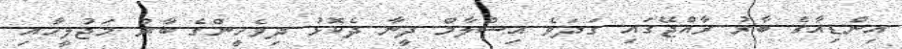
އިންޑިއާގެ ބާރު ރާއްޖޭގައި ގަދަވެ އިސްލާމް ދީނާ ދެކޮޅު ދިވެހީންގެ ބާރު މަޖުލީހާއި